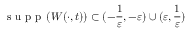
\mathrm { ~ s ~ u ~ p ~ p ~ } \left( W ( \cdot , t ) \right) \subset ( - \frac { 1 } { \varepsilon } , - \varepsilon ) \cup ( \varepsilon , \frac { 1 } { \varepsilon } )